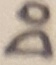
Text: D0